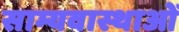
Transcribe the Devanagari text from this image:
साम्यवास्थाओं